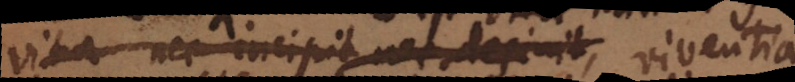
vita nec incipit nec desinit viventia